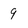
Character: 9